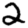
Digit: 2